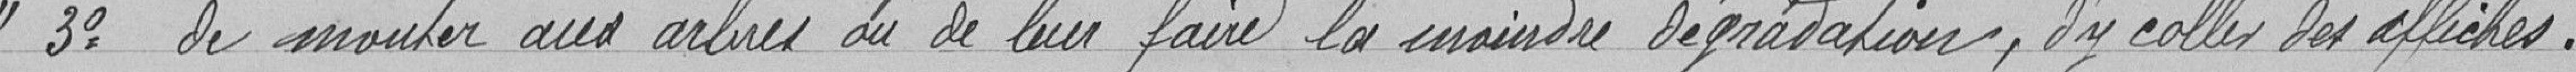
"3° de monter aux arbres ou de leur faire la moindre dégradation, d'y coller des affiches.